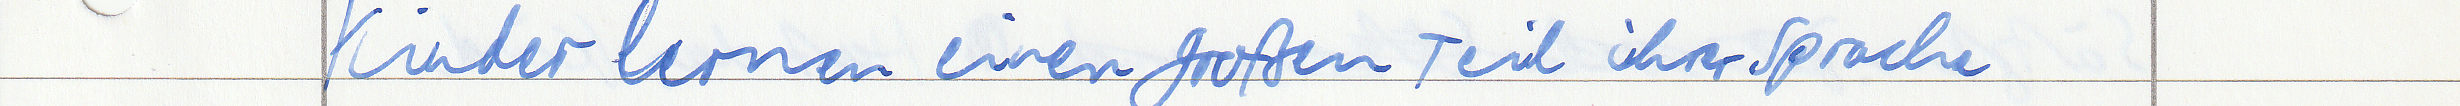
Kinder lernen einen großen Teil ihrer Sprache